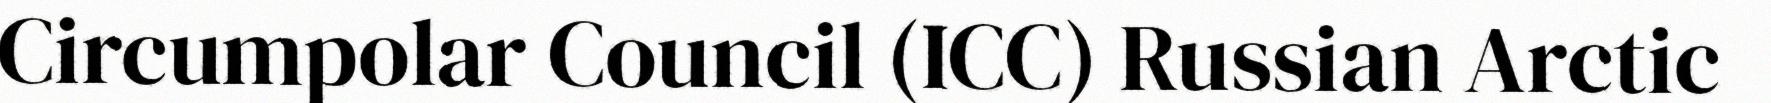
Circumpolar Council (ICC) Russian Arctic